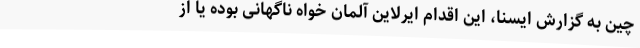
چین به گزارش ایسنا، این اقدام ایرلاین آلمان خواه ناگهانی بوده یا از